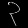
Digit: ၃